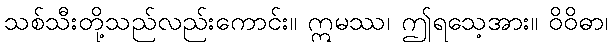
သစ်သီးတို့သည်လည်းကောင်း။ ဣမဿ၊ ဤရသေ့အား။ ဝိဝိဓာ၊